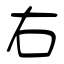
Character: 右